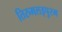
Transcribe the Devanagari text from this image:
तिरुमलइपुरम